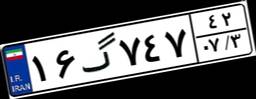
۱۶گ۷۴۷۴۲